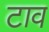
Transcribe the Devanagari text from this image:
टाव